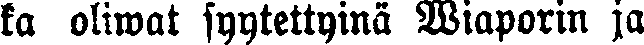
ka oliwat syytettyinä Wiaporin ja